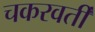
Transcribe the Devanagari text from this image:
चकरवर्ती